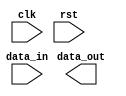
module ahb_controller(
    input wire clk,
    input wire rst,
    input wire [31:0] data_in,
    output wire [31:0] data_out
);

// Clock generation module
reg clk_gen;
always @(posedge clk)
    clk_gen <= ~clk_gen;

// Reset synchronization module
reg [1:0] rst_sync;
always @(posedge clk_gen)
    rst_sync <= {rst_sync[0], rst};

// Clock domain crossing synchronizer
reg [31:0] data_sync;
always @(posedge clk_gen)
    data_sync <= data_in;

// AHB bus interface control module
// Include protocols for controlling the AHB bus interface, managing data transfers, and memory access timing

endmodule